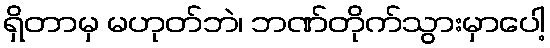
ရှိတာမှ မဟုတ်ဘဲ၊ ဘဏ်တိုက်သွားမှာပေါ့